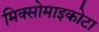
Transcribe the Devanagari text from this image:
मिक्सोमाइकोटा